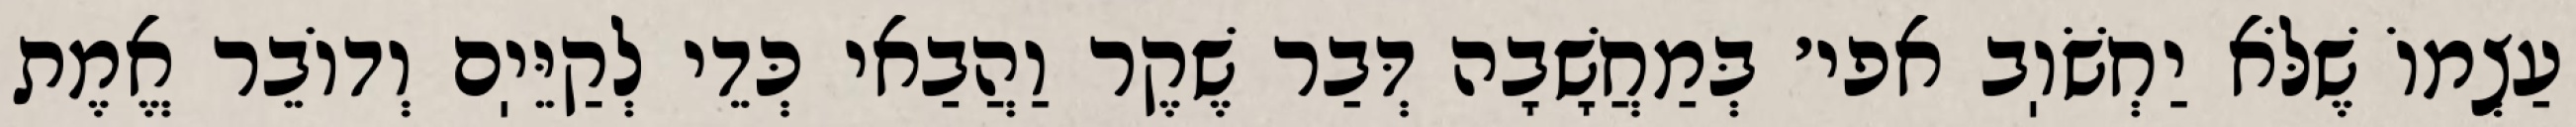
עַצְמוֹ שֶׁלֹּא יַחְשֹׁוֽב אפי׳ בְּמַחֲשָׁבָה דְּבַר שֶׁקֶר וַהֲבַאי כְּדֵי לְקַיֵּיֽם וְדוֹבֵר אֱמֶת